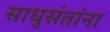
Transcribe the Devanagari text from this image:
साधुसंतांना